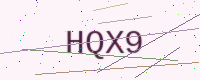
Text: HQX9